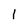
Character: 1